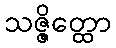
သဇ္ဇိတ္ထော